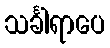
သင်္ခါရာပေ